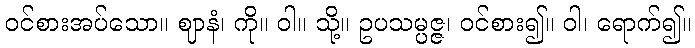
ဝင်စားအပ်သော။ ဈာနံ၊ ကို။ ဝါ။ သို့။ ဥပသမ္ပဇ္ဇ၊ ဝင်စား၍။ ဝါ၊ ရောက်၍။